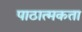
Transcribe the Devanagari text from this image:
पाठात्मकता